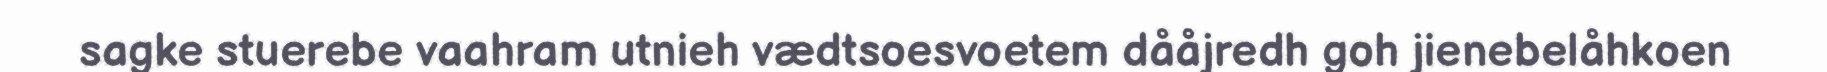
sagke stuerebe vaahram utnieh vædtsoesvoetem dååjredh goh jienebelåhkoen